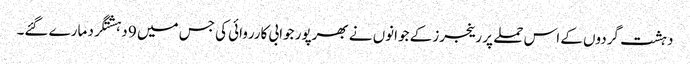
دہشت گردوں کے اس حملے پر رینجرز کے جوانوں نے بھرپور جوابی کارروائی کی جس میں 9 دہشتگرد مارے گئے۔